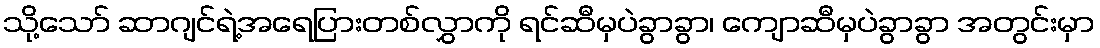
သို့သော် ဆာဂျင်ရဲ့အရေပြားတစ်လွှာကို ရင်ဆီမှပဲခွာခွာ၊ ကျောဆီမှပဲခွာခွာ အတွင်းမှာ